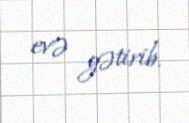
evə gətirib.